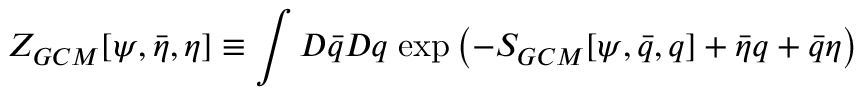
Z _ { G C M } [ \psi , \bar { \eta } , \eta ] \equiv \int D \bar { q } D q \; \mathrm { e x p } \left( - S _ { G C M } [ \psi , \bar { q } , q ] + \bar { \eta } q + \bar { q } \eta \right)